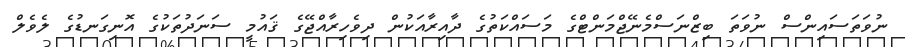
ނުވަތަސައިންސް ނުވަތަ ބިޒްނަސްމެނޭޖްމަންޓްގެ މަސައްކަތުގެ ދާއިރާއަކުން ދިވެހިރާއްޖޭގެ ޤައުމީ ސަނަދުތަކުގެ އޮނިގަނޑުގެ ލެވެލް